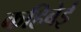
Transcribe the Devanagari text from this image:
कहिबेई